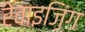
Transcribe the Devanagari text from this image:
रेवाइज़िंग